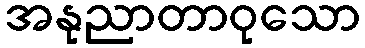
အနုညာတာဝုသော